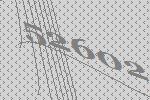
52602